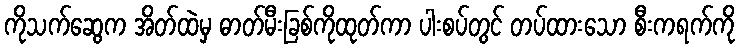
ကိုသက်ဆွေက အိတ်ထဲမှ ဓာတ်မီးခြစ်ကိုထုတ်ကာ ပါးစပ်တွင် တပ်ထားသော စီးကရက်ကို